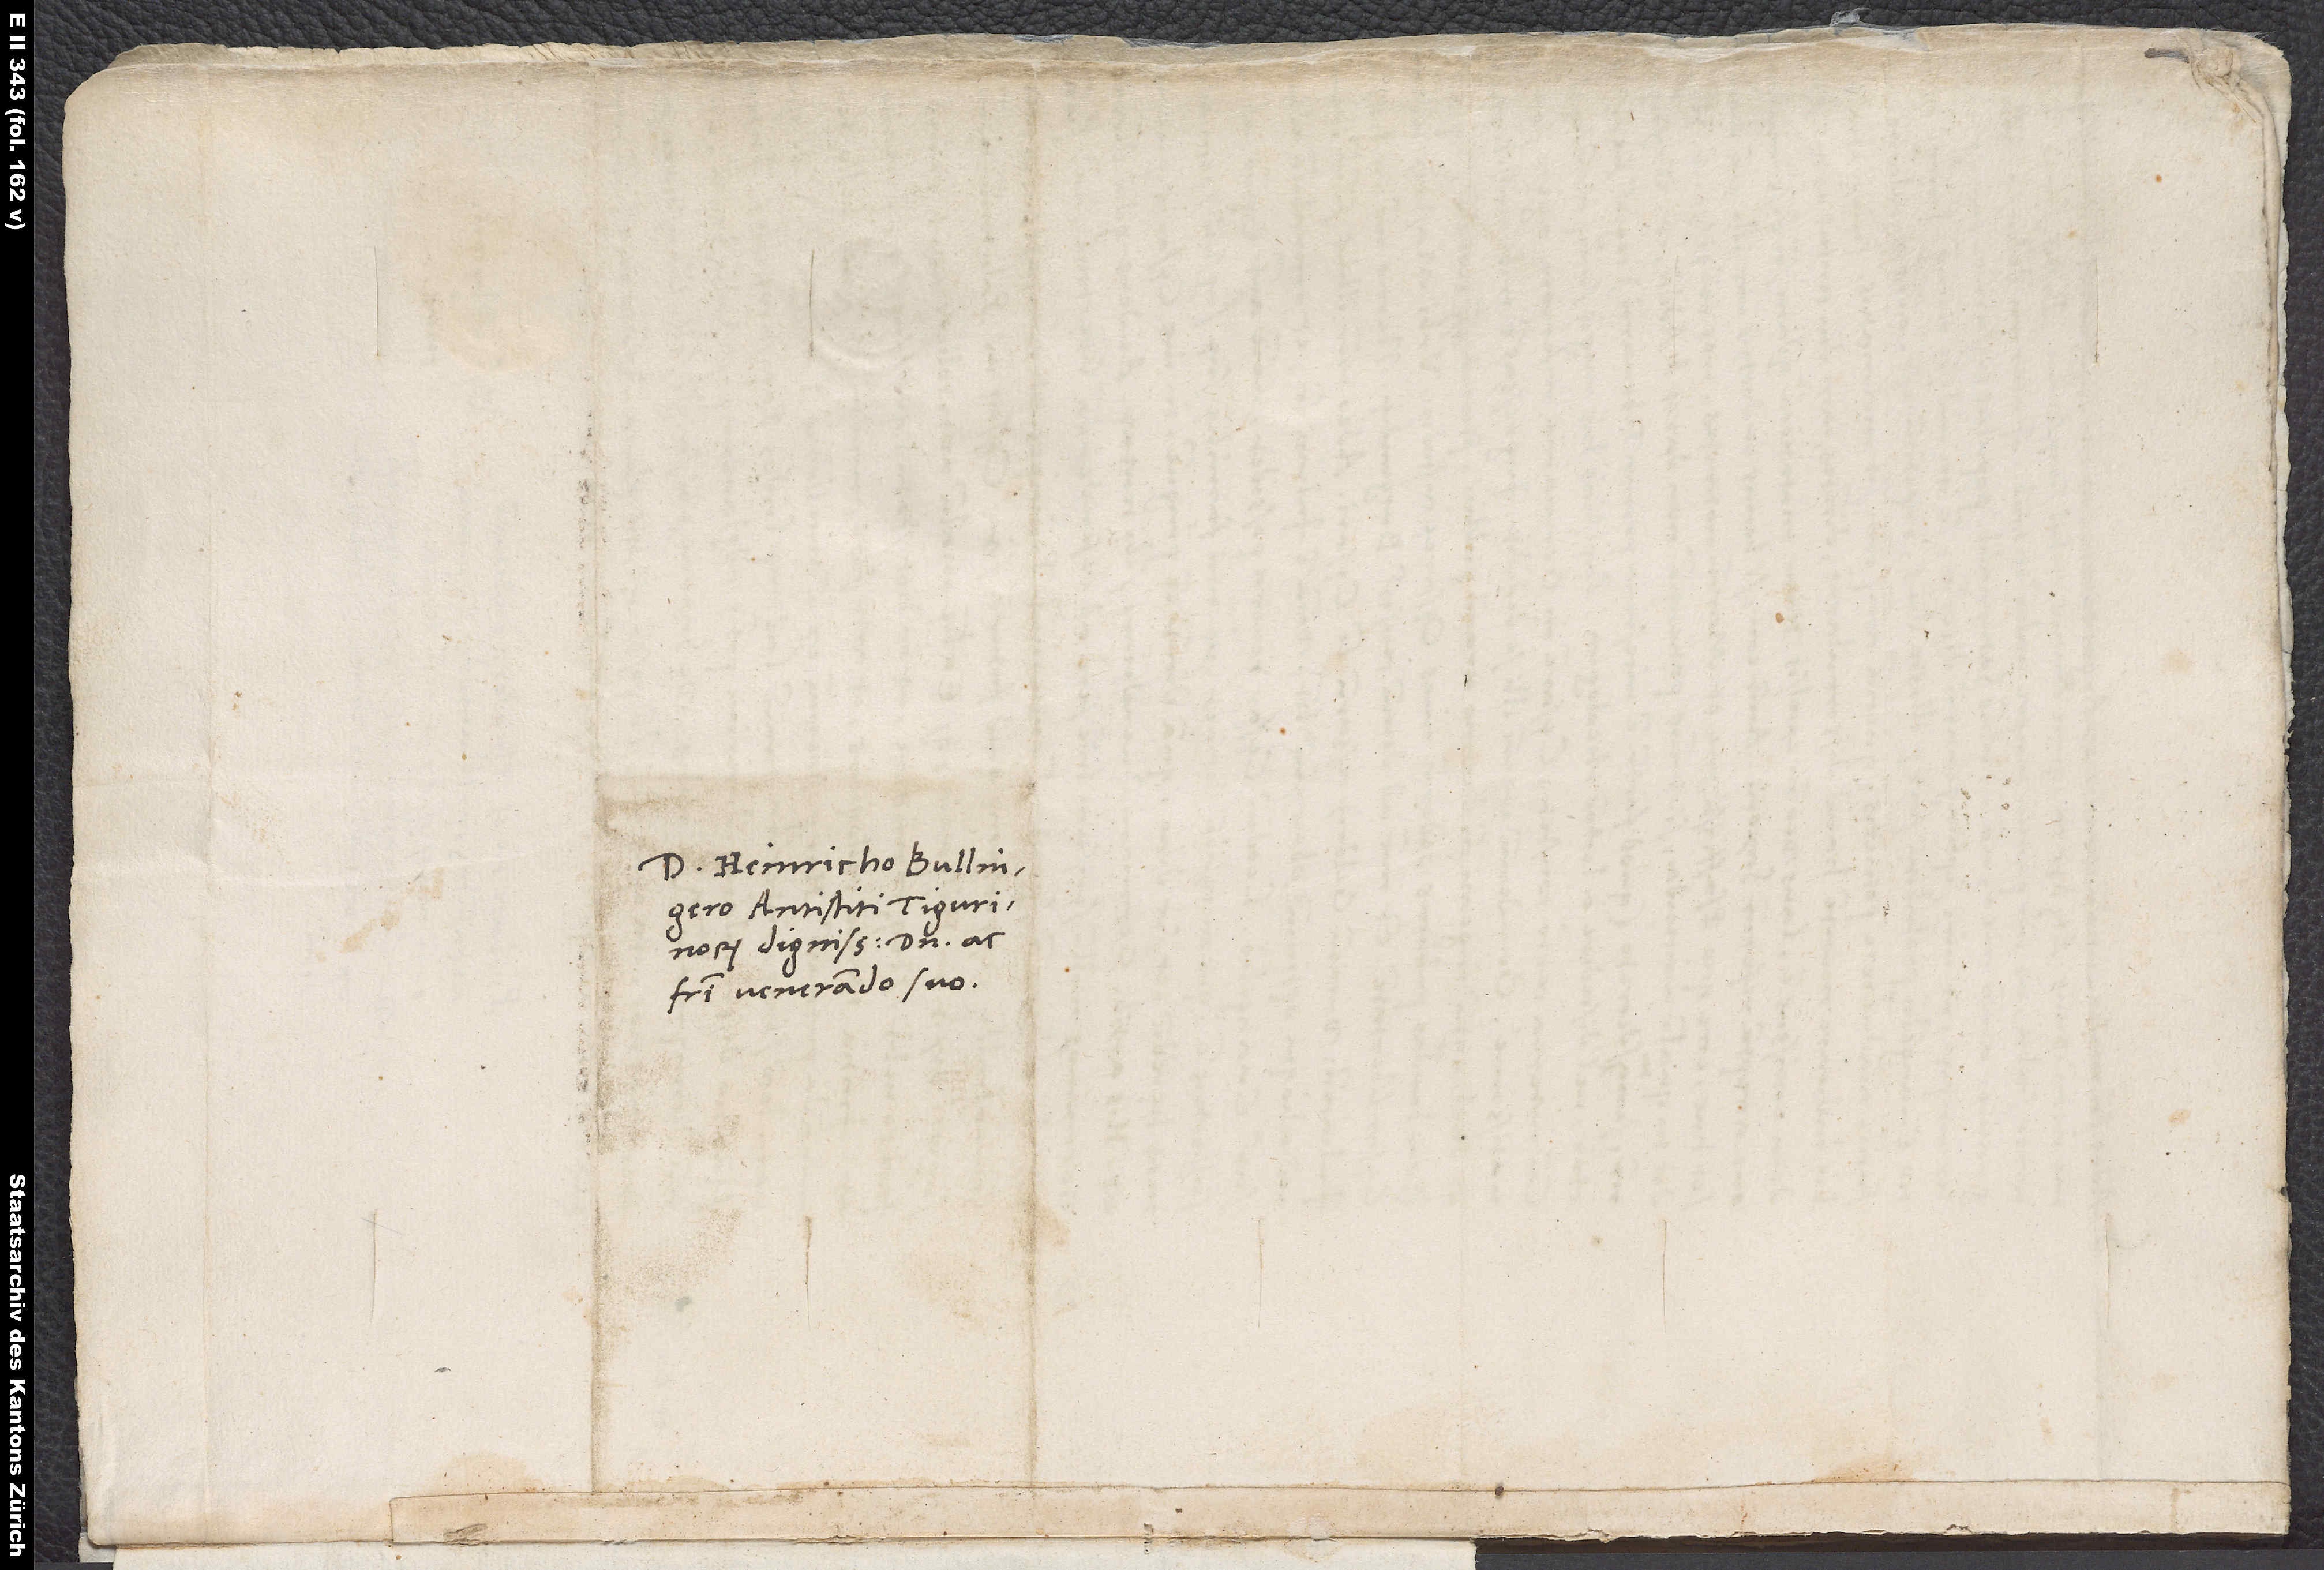
Domino Heinricho Bullingero,
antistiti Tigurinorum
dignissimo, domino ac
fratri venerando suo.